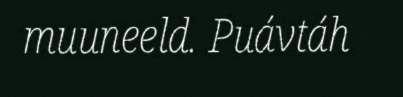
muuneeld. Puávtáh